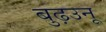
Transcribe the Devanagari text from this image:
बुढ़उनू